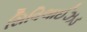
સિવિલાઈઝડ